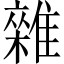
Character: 雜